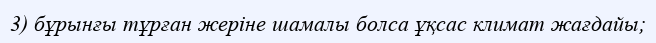
3) бұрынғы тұрған жеріне шамалы болса ұқсас климат жағдайы;